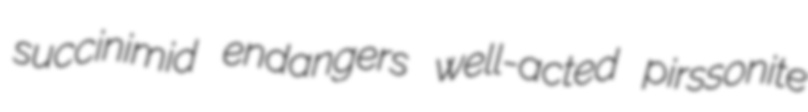
succinimid endangers well-acted pirssonite